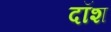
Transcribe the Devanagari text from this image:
दॉश